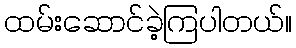
ထမ်းဆောင်ခဲ့ကြပါတယ်။